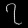
Digit: ၇